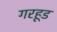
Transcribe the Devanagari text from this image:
गरहूड